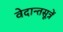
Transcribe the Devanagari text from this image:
वेदान्तसूत्रें